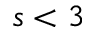
s < 3